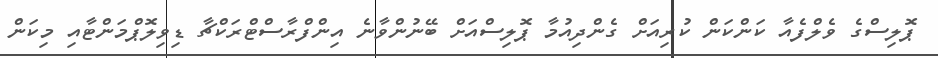
ޕޮލިސްގެ ވެލްފެއާ ކަންކަން ކުރިއަށް ގެންދިއުމާ ޕޮލިސްއަށް ބޭނުންވާނެ އިންފްރާސްޓްރަކްޗާ ޑިވިލޮޕްމަންޓާއި މިކަން